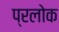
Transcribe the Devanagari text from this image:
प्रलोक